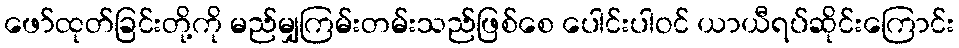
ဖော်ထုတ်ခြင်းတို့ကို မည်မျှကြမ်းတမ်းသည်ဖြစ်စေ ပေါင်းပါဝင် ယာယီရပ်ဆိုင်းကြောင်း